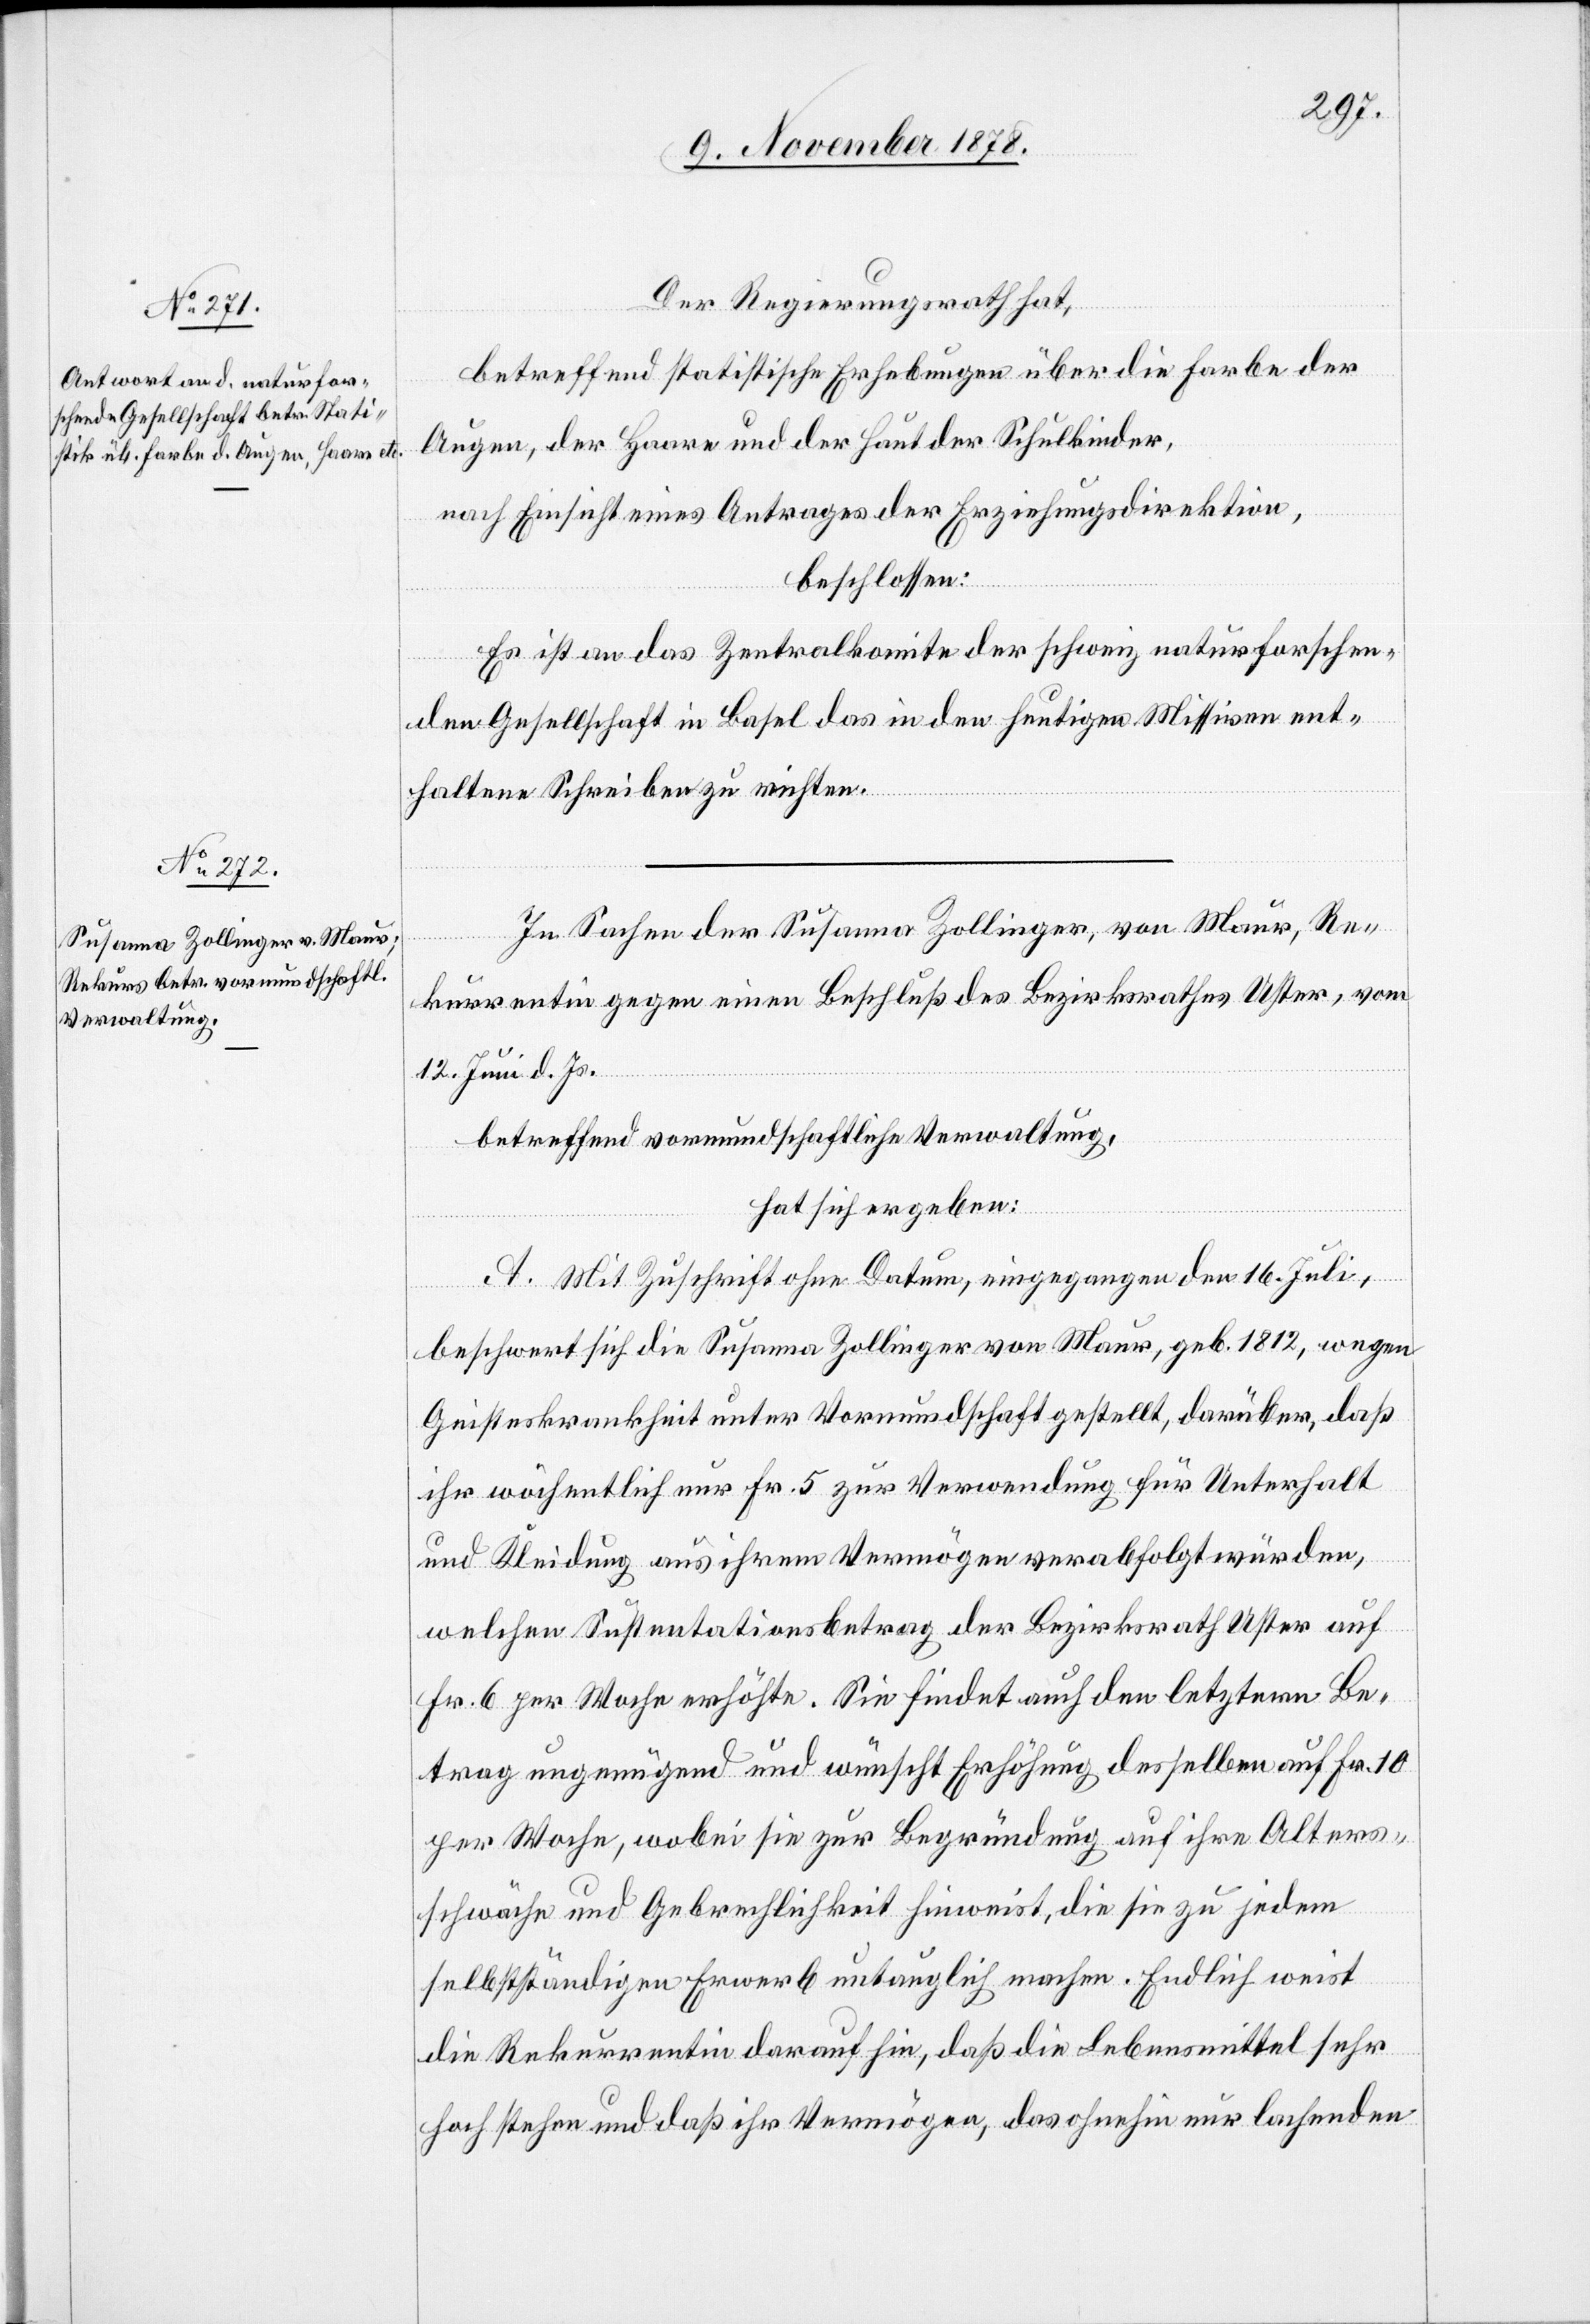
Der Regierungsrath hat,
betreffend statistische Erhebungen über die Farbe der
Augen, der Haare und der Haut der Schulkinder,
nach Einsicht eines Antrages der Erziehungsdirektion,
beschlossen:
Es ist an das Zentralkomite der schweiz. naturforschen¬
den Gesellschaft in Basel das in den heutigen Missiven ent¬
haltene Schreiben zu richten.
In Sachen der Susanna Zollinger, von Maur, Re¬
kurrentin gegen einen Beschluß des Bezirksrathes Uster, vom
12. Juni d. Js.
betreffend vormundschaftliche Verwaltung,
hat sich ergeben:
A. Mit Zuschrift ohne Datum, eingegangen den 16. Juli,
beschwert sich die Susanna Zollinger von Maur, geb. 1812, wegen
Geisteskrankheit unter Vormundschaft gestellt, darüber, daß
ihr wöchentlich nur Fr. 5 zur Verwendung für Unterhalt
und Kleidung aus ihrem Vermögen verabfolgt würden,
welchen Sustentationsbetrag der Bezirksrath Uster auf
Fr. 6 per Woche erhöhte. Sie findet auch den letzteren Be¬
trag ungenügend und wünscht Erhöhung desselben auf Fr. 10
per Woche, wobei sie zur Begründung auf ihre Alters¬
schwäche und Gebrechlichkeit hinweist, die sie zu jedem
selbstständigen Erwerb untauglich machen. Endlich weist
die Rekurrentin darauf hin, daß die Lebensmittel sehr
hoch stehen und daß ihr Vermögen, das ohnehin nur lachenden